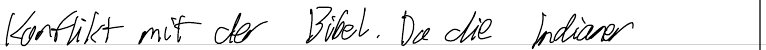
Konflikt mit der Bibel. Da die Indianer